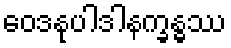
ဝေဒနုပါဒါနက္ခန္ဓဿ